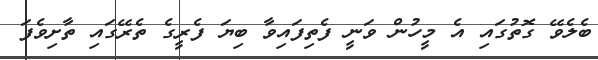
ބެލެވޭ ގޮތުގައި އެ މީހުން ވަނީ ފެތިފައިވާ ބިޔަ ފެރީގެ ތެރޭގައި ތާށިވެފަ